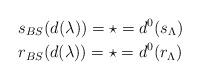
LaTeX: \begin{align*}&s_{BS}(d(\lambda))= \star = d^0(s_{\Lambda}) \\&r_{BS}(d(\lambda))= \star = d^0(r_{\Lambda})\end{align*}